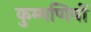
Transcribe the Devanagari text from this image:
कुम्मणियों